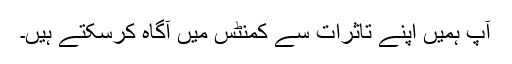
آپ ہمیں اپنے تاثرات سے کمنٹس میں آگاہ کرسکتے ہیں۔